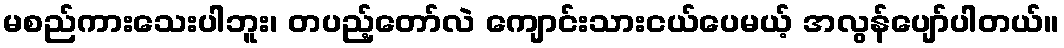
မစည်ကားသေးပါဘူး၊ တပည့်တော်လဲ ကျောင်းသားငယ်ပေမယ့် အလွန်ပျော်ပါတယ်။